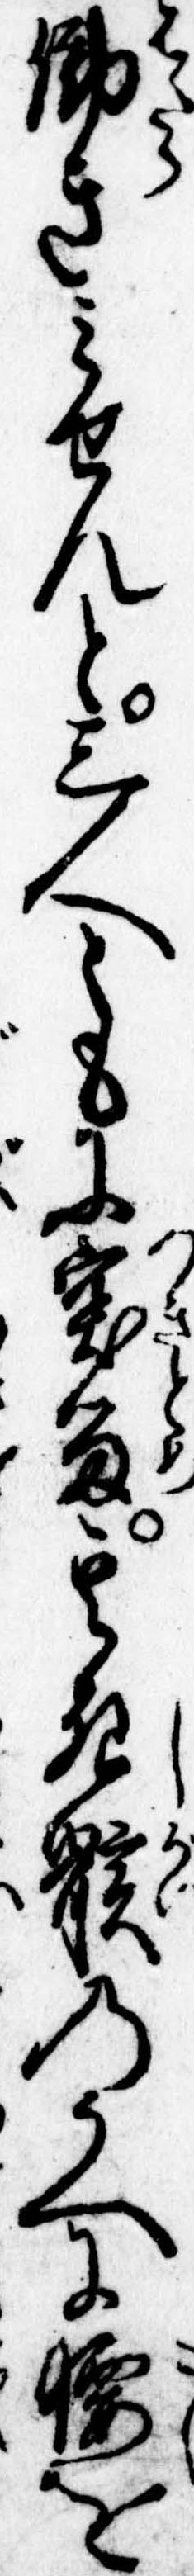
働きみせんと三人ともに突留其死骸のうへに腰を